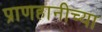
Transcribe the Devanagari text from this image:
प्राणहानीच्या